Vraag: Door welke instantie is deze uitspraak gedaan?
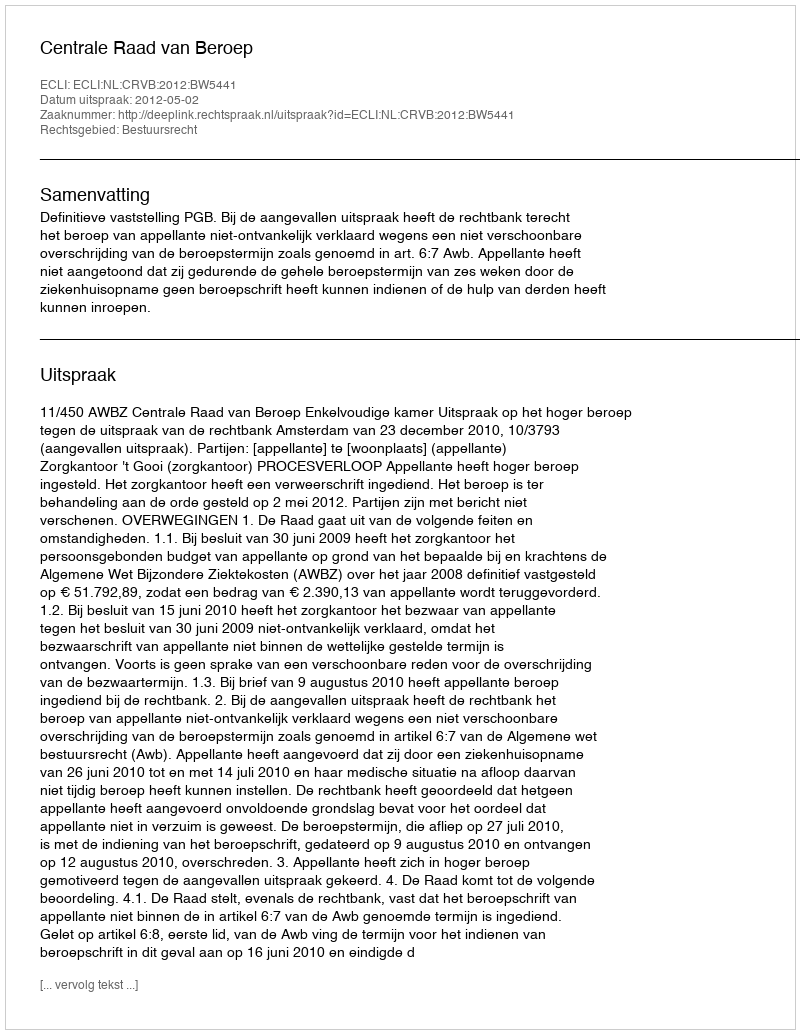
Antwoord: Centrale Raad van Beroep